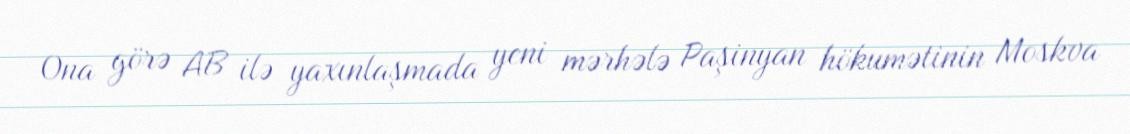
Ona görə AB ilə yaxınlaşmada yeni mərhələ Paşinyan hökumətinin Moskva